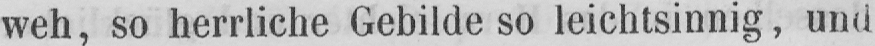
weh, so herrliche Gebilde so leichtsinnig, und